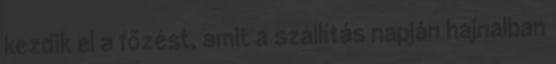
kezdik el a főzést, amit a szállítás napján hajnalban